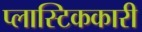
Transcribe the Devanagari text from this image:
प्लास्टिककारी